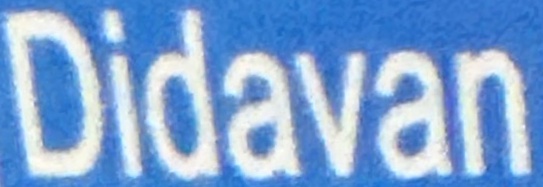
Didavan